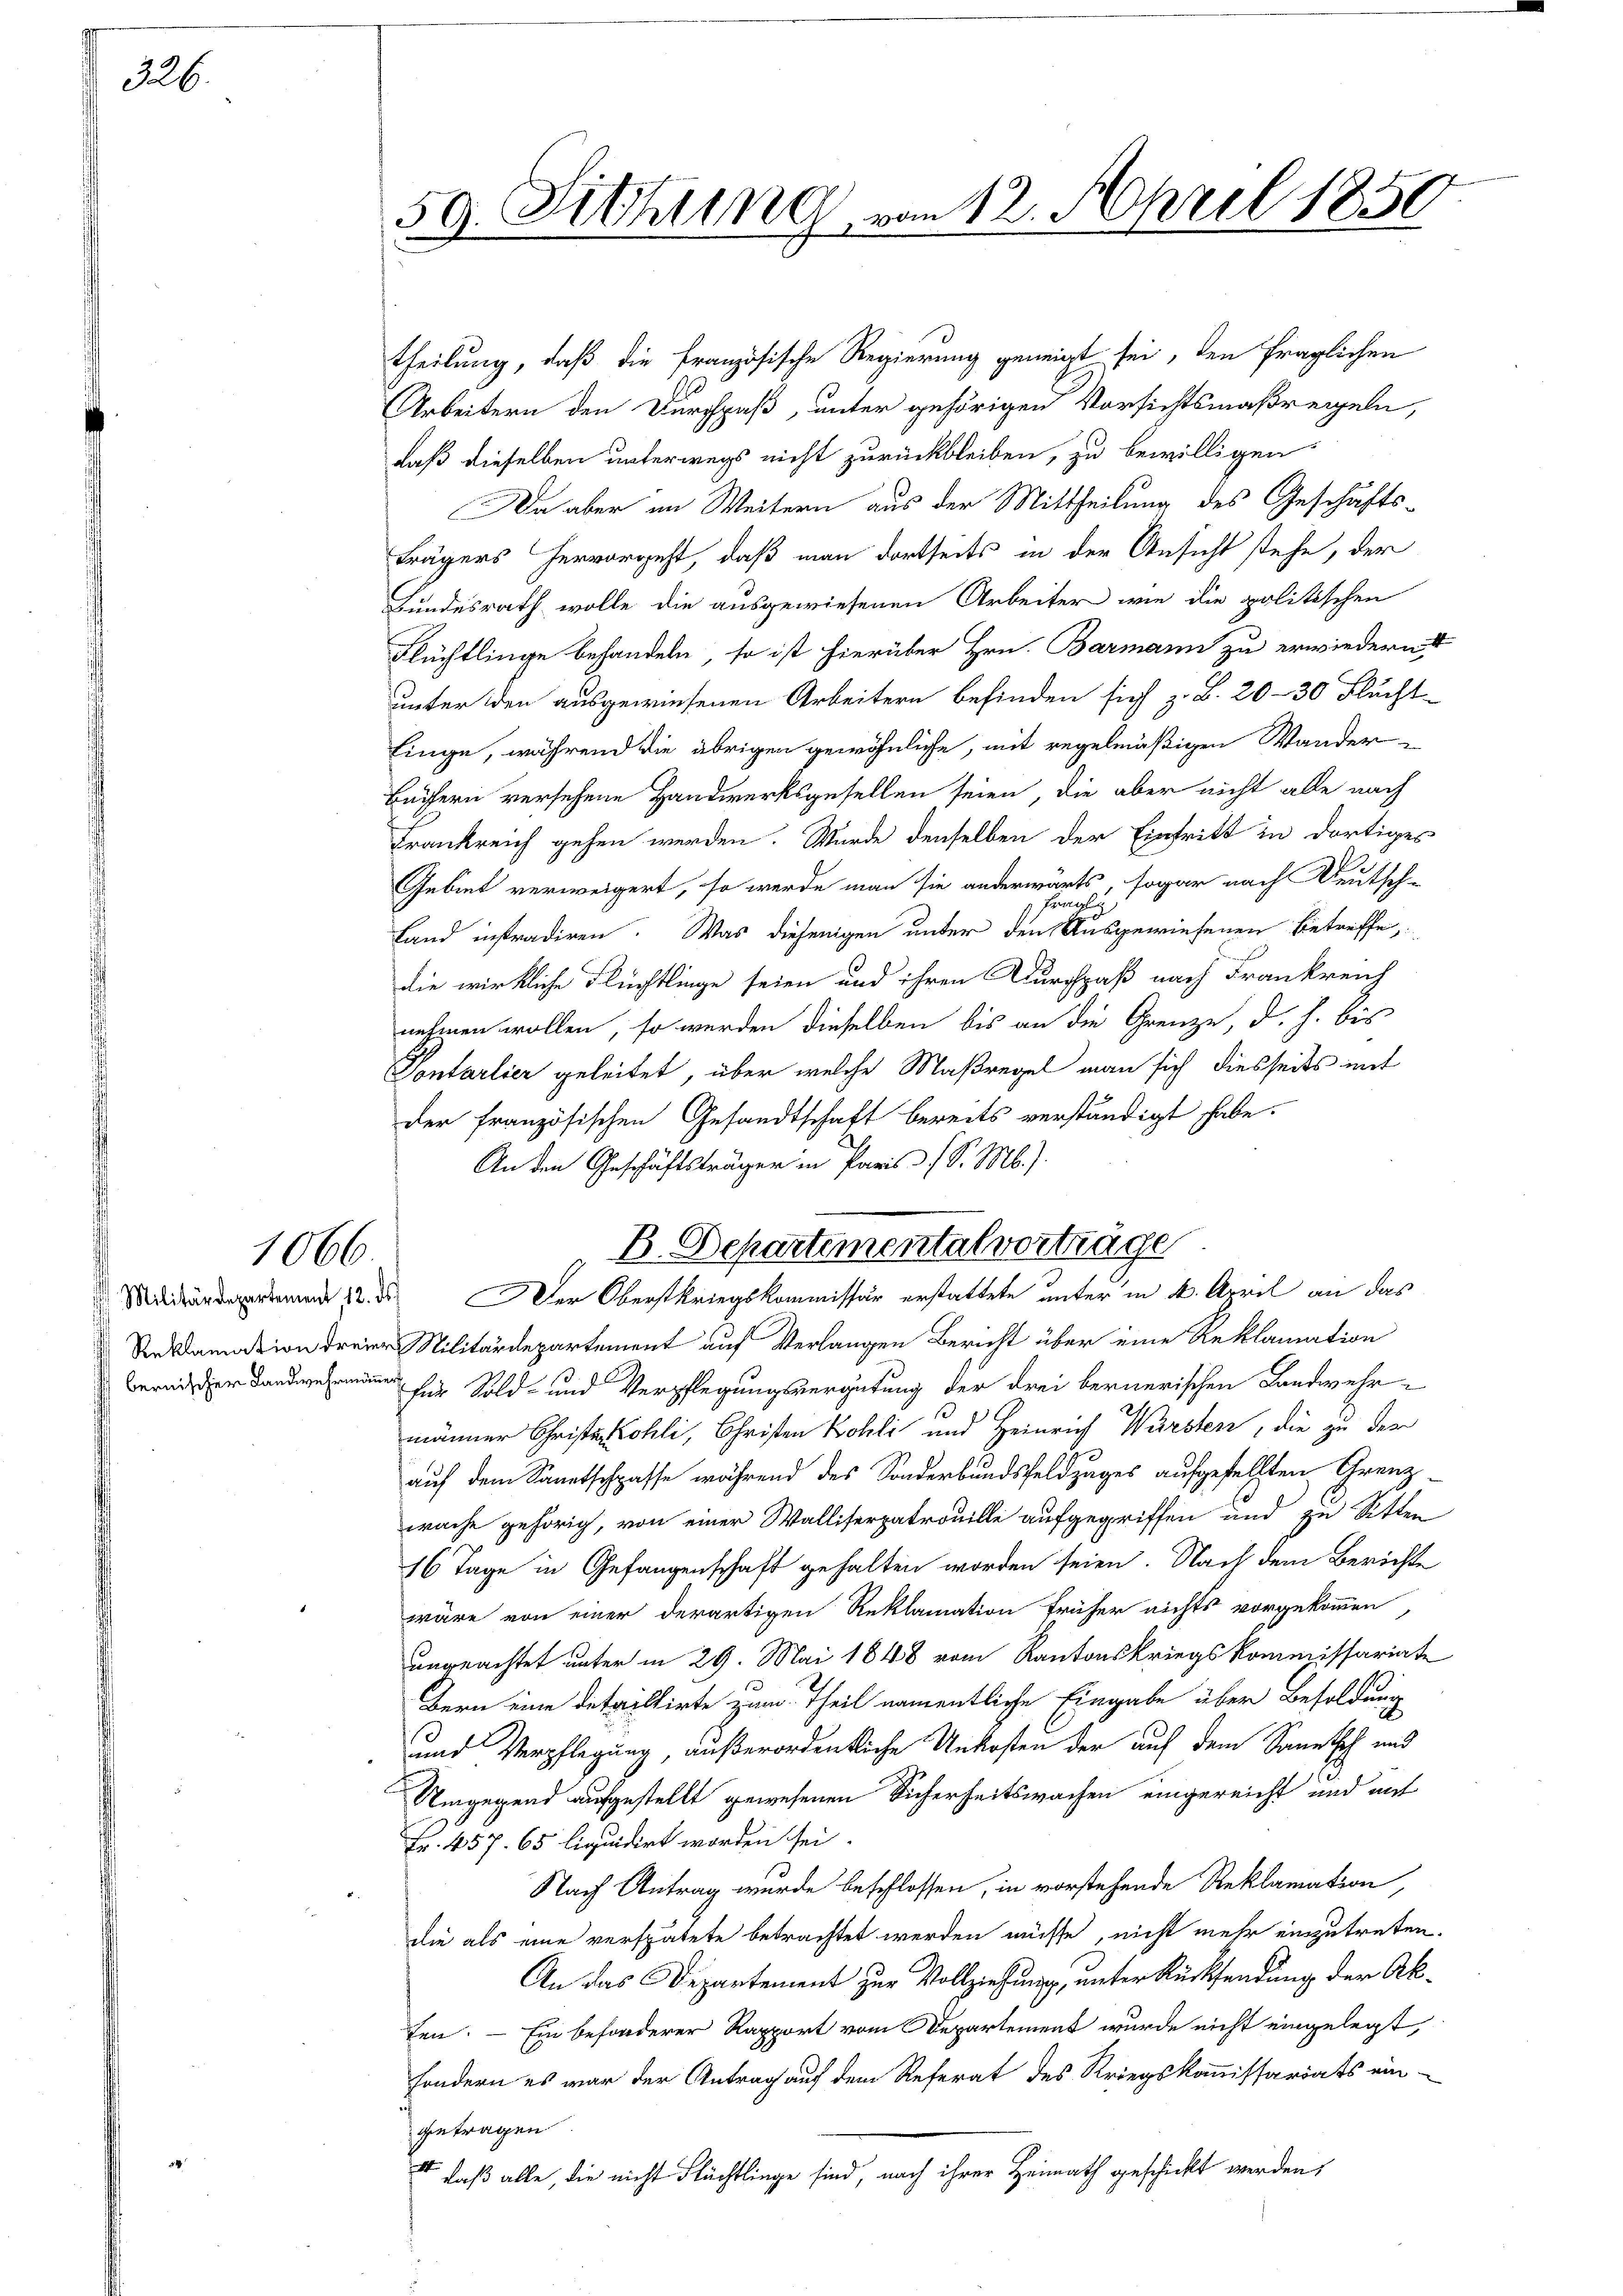
226.

Militärdepartement 12. ds.

1066.

59. Sitzung von 12. April 1850

theilung, daß die französische Regierung geneigt sei, den fraglichen
Arbeitern den Durchpaß, unter gehörigen Vorsichtsmaßregeln,
daß dieselben unterwegs nicht zurückbleiben, zu bewilligen
a aber im Weitern aus der Mittheilung des Geschäftsträgers hervorgeht, daß man dortseits in der Ansicht stehe, der
Bundesrath wolle die ausgewiesenen Arbeiter wie die politischen
Flüchtlinge behandeln, so ist hierüber Hrn. Barmann zu erwiedern
unter den ausgewiesenen Arbeitern befinden sich z. B. 20 - 30 Flucht
Einge, während die übrigen gewöhnliche, mit regelmäßigen Wander-
Büchern versehene Handwerksgesellen seien, die aber nicht alle nach
Frankreich gehen werden. Wurde denselben der Eintritt in dortiges
Gebiet verweigert, so werde man sie anderwärts, sogar nach Deutsch-
Land instradiren. Was diejenigen unter den Ausgewiesenen betreffe,
die wirkliche Flüchtlinge seien und ihren Durchpaß nach Frankreich
nehmen wollen, so werden dieselben bis an die Grenze, d. h. bis
Vontarlier geleitet, über welche Maßregel man sich diesseits mit
der französischen Gesandtschaft bereits verständigt habe.
An den Geschäftsträger in Paris (S. Mb.).
mation dreier Militärdepartement auf Verlangen Bericht über eine Reklamation
 für Sold- und Verpflegungsvergütung der drei bernerischen Landwehr-
männer Christen Sohli, Christen Kohli und Heinrich Warsten, die zu der
auf dem Sanatschaffe während des Sonderbundsfeldzuges aufgestellten Grenzwache gehörig, von einer Walliserpatrouille aufgegriffen und zu Sitten
16 Tage in Gefangenschaft gehalten worden seien. Nach dem Berichte
wäre von einer derartigen Reklamation früher nichts vorgekommen,
ungeachtet unter in 29. Mai 1848 vom Kantonskriegskommissariate
Bern eine detailtirte zum Theil namentliche Eingabe über Besoldung
und Verpflegung, außerordentliche Unkosten der auf dem Sanitsch und
Umgegend aufgestellt gewesenen Sicherheitswachen eingereicht und auf
Fr. 457. 65 liquidirt worden sei.
Nach Antrag wurde beschlossen, in vorstehende Reklamation,
die als eine verspätete betrachtet werden müsse, nicht mehr einzutreten.
An das Departement zur Vollziehung, unter Rücksendung der Akten. — Ein besonderer Rapport vom Departement wurde nicht eingelegt,
sondern es war der Antrag auf dem Referat des Kriegskommissariats ein-
getragen
 daß alle, die nicht Flüchtlinge sind, nach ihrer Heimath geschickt werden,

B. Departementalvorträge
Der Oberstkriegskommissär erstattete unter in 4. April an das